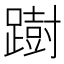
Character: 𨅒